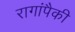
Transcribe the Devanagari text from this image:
रागांपैकी